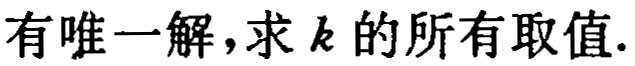
有唯一解，求 \(k\) 的所有取值.